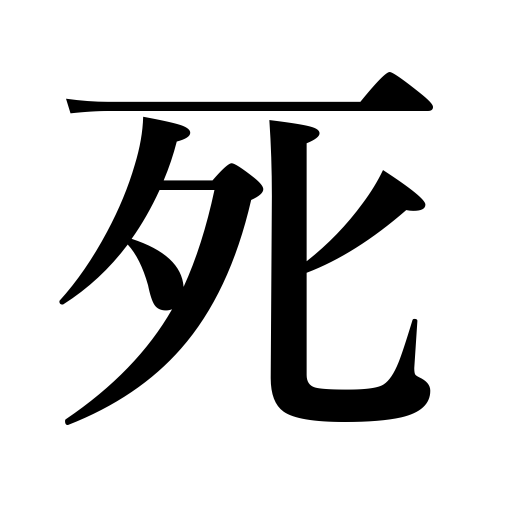
Meanings: die,death